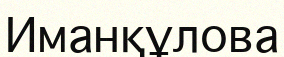
Иманқұлова